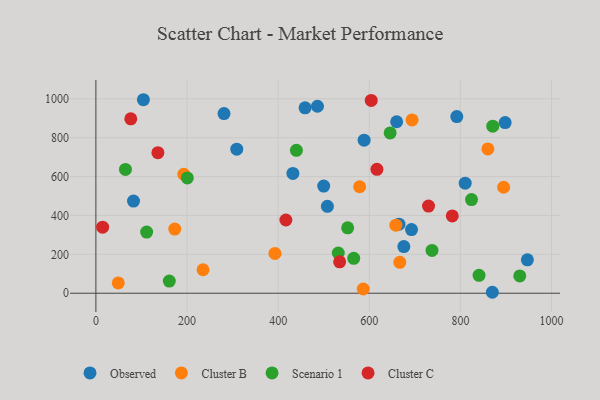
{"axis": {"x": "Speed", "y": "Salary"}, "legend": ["Cluster B", "Cluster C", "Observed", "Scenario 1"], "data": [{"x": "870.1", "y": 4.9, "type": "Observed"}, {"x": "309.2", "y": 741.2, "type": "Observed"}, {"x": "459.1", "y": 953.8, "type": "Observed"}, {"x": "792.1", "y": 908.5, "type": "Observed"}, {"x": "692.7", "y": 327.5, "type": "Observed"}, {"x": "104.3", "y": 995.3, "type": "Observed"}, {"x": "898.2", "y": 877.6, "type": "Observed"}, {"x": "810.5", "y": 566.3, "type": "Observed"}, {"x": "660.1", "y": 882.0, "type": "Observed"}, {"x": "508.1", "y": 447.0, "type": "Observed"}, {"x": "665.3", "y": 355.1, "type": "Observed"}, {"x": "281.2", "y": 924.0, "type": "Observed"}, {"x": "500.0", "y": 551.2, "type": "Observed"}, {"x": "675.9", "y": 240.2, "type": "Observed"}, {"x": "82.6", "y": 474.2, "type": "Observed"}, {"x": "432.4", "y": 616.4, "type": "Observed"}, {"x": "588.7", "y": 787.1, "type": "Observed"}, {"x": "947.0", "y": 171.9, "type": "Observed"}, {"x": "486.3", "y": 961.8, "type": "Observed"}, {"x": "667.0", "y": 159.2, "type": "Cluster B"}, {"x": "586.8", "y": 21.7, "type": "Cluster B"}, {"x": "49.1", "y": 53.0, "type": "Cluster B"}, {"x": "192.9", "y": 612.0, "type": "Cluster B"}, {"x": "578.9", "y": 547.8, "type": "Cluster B"}, {"x": "658.4", "y": 349.9, "type": "Cluster B"}, {"x": "694.0", "y": 891.2, "type": "Cluster B"}, {"x": "894.9", "y": 545.1, "type": "Cluster B"}, {"x": "860.3", "y": 742.1, "type": "Cluster B"}, {"x": "173.1", "y": 330.2, "type": "Cluster B"}, {"x": "393.0", "y": 204.9, "type": "Cluster B"}, {"x": "235.2", "y": 120.7, "type": "Cluster B"}, {"x": "532.0", "y": 206.8, "type": "Scenario 1"}, {"x": "552.6", "y": 336.3, "type": "Scenario 1"}, {"x": "565.9", "y": 179.3, "type": "Scenario 1"}, {"x": "930.3", "y": 88.8, "type": "Scenario 1"}, {"x": "871.0", "y": 859.4, "type": "Scenario 1"}, {"x": "840.9", "y": 91.9, "type": "Scenario 1"}, {"x": "645.8", "y": 824.5, "type": "Scenario 1"}, {"x": "64.9", "y": 636.9, "type": "Scenario 1"}, {"x": "737.7", "y": 220.3, "type": "Scenario 1"}, {"x": "440.1", "y": 734.9, "type": "Scenario 1"}, {"x": "824.4", "y": 481.6, "type": "Scenario 1"}, {"x": "111.4", "y": 314.4, "type": "Scenario 1"}, {"x": "161.1", "y": 62.4, "type": "Scenario 1"}, {"x": "200.7", "y": 592.9, "type": "Scenario 1"}, {"x": "782.2", "y": 397.5, "type": "Cluster C"}, {"x": "417.0", "y": 376.6, "type": "Cluster C"}, {"x": "76.6", "y": 897.0, "type": "Cluster C"}, {"x": "616.8", "y": 637.2, "type": "Cluster C"}, {"x": "730.0", "y": 448.2, "type": "Cluster C"}, {"x": "14.8", "y": 339.6, "type": "Cluster C"}, {"x": "604.3", "y": 991.6, "type": "Cluster C"}, {"x": "136.1", "y": 722.9, "type": "Cluster C"}, {"x": "535.0", "y": 161.6, "type": "Cluster C"}]}